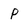
Character: P